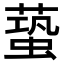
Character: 𧏤